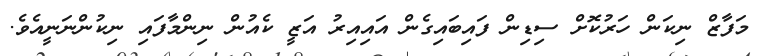
މަފާޒް ނިކަން ހަރުކޮށް ސިޑިން ފައިބައިގެން އައިއިރު އަޒީ ކެއުން ނިންމާފައި ނިކުންނަނީއެވެ.